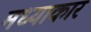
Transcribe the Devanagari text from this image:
मध्याकार